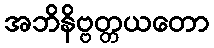
အဘိနိဗ္ဗတ္တယတော